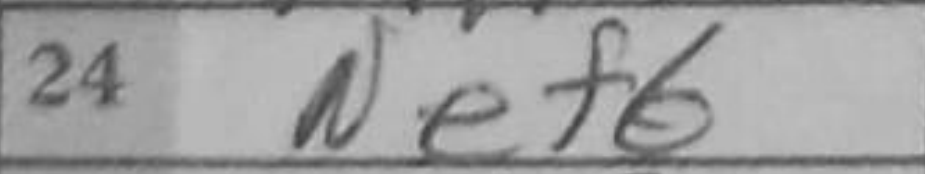
Transcription: Nef6